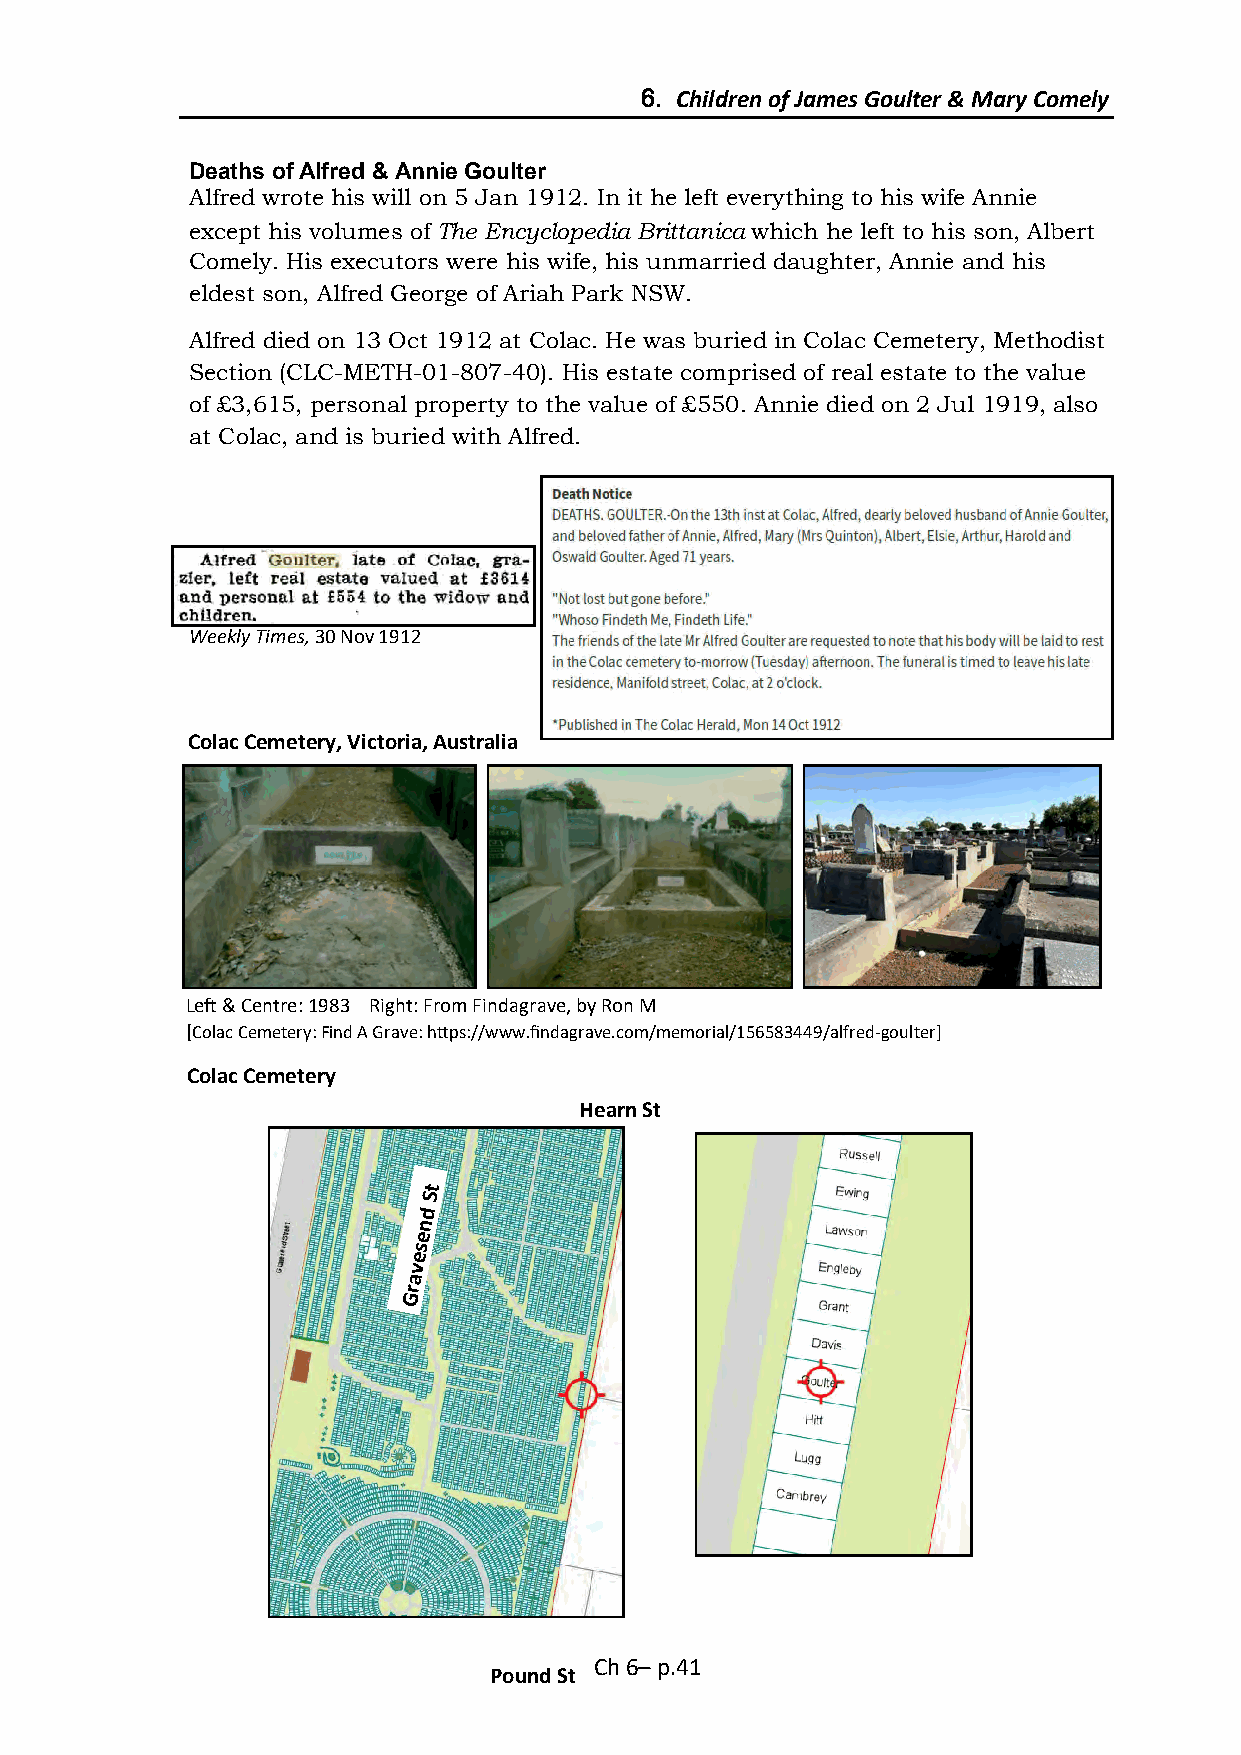
6. Children of James Goulter & Mary Comely
 Deaths of Alfred & Annie Goulter
 Alfred wrote his will on 5 Jan 1912. In it he left everything to his wife Annie
 except his volumes of The Encyclopedia Brittanica which he left to his son, Albert
 Comely. His executors were his wife, his unmarried daughter, Annie and his
 eldest son, Alfred George of Ariah Park NSW.
 Alfred died on 13 Oct 1912 at Colac. He was buried in Colac Cemetery, Methodist
 Section (CLC-METH-01-807-40). His estate comprised of real estate to the value
 of £3,615, personal property to the value of £550. Annie died on 2 Jul 1919, also
 at Colac, and is buried with Alfred.
 Weekly Times, 30 Nov 1912
 Colac Cemetery, Victoria, Australia
 Left & Centre: 1983 Right: From Findagrave, by Ron M
 [Colac Cemetery: Find A Grave: https://www.findagrave.com/memorial/156583449/alfred-goulter]
 Colac Cemetery
 Hearn St
 t
 S
 d
 n
 e
 s
 e
 v
 a
 r
 G
 Ch 6– p.41
 Pound St